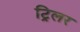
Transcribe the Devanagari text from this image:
ट्रिलर